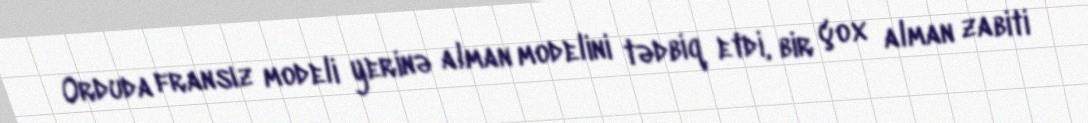
Orduda fransız modeli yerinə alman modelini tədbiq etdi, bir çox alman zabiti